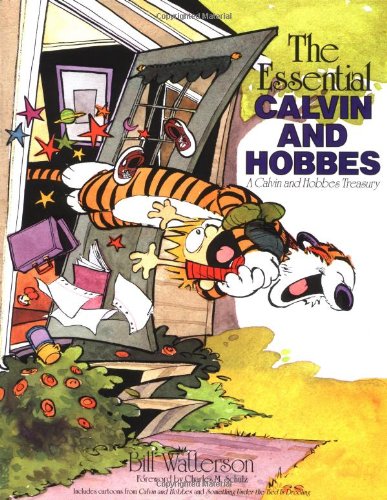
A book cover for The Essential Calvin and Hobbes; Bill Watterson; Comics & Graphic Novels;